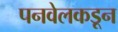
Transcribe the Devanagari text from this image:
पनवेलकडून